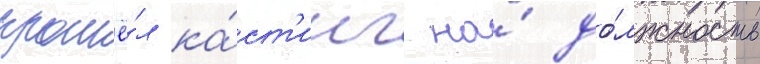
прошё́л ка́ст'инг на́ до́лжность